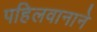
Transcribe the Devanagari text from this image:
पहिलवानाने